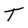
Character: T